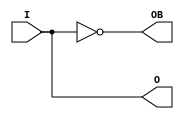
module OBUFDS (O, OB, I);

    parameter CAPACITANCE = "DONT_CARE";
    parameter IOSTANDARD = "DEFAULT";
    parameter SLEW = "SLOW";

    output O, OB;

    input  I;
   assign O=I;
   assign OB =!I;

endmodule